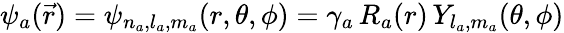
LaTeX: \begin{array}{r}{\psi_{a}(\vec{r})=\psi_{n_{a},l_{a},m_{a}}(r,\theta,\phi)=\gamma_{a}\, R_{a}(r)\, Y_{l_{a},m_{a}}(\theta,\phi)}\end{array}